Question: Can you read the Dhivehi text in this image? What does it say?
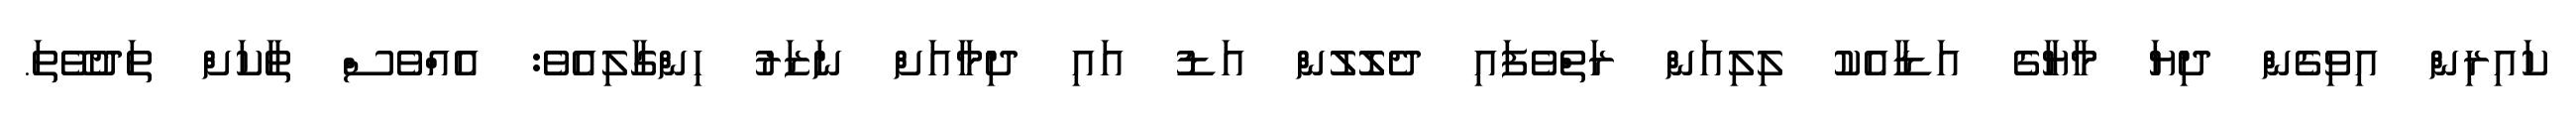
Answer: ކައިރިން އިވިގެން ދިޔަ މާޔާގެ އަޑާއެކު ލިލިއަން ރަތްވެފައި ދެލޮލުން އަޑު އައި ދިމާއަށް ނަޒަރު ހިންގާލިއެވެ: އެއްވެސް ތާކަށް ތަދުވޭތަ.